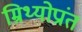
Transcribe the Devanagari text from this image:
म्रिथ्योप्रांत